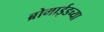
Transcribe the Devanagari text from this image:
ब्रोमाईडच्या